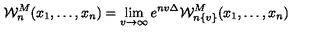
{ { \mathcal W } _ { n } ^ { { { M } } } } ( x _ { 1 } , \ldots , x _ { n } ) = \lim _ { v \to \infty } e ^ { n v \Delta } { \mathcal W } _ { n \{ v \} } ^ { M } ( x _ { 1 } , \ldots , x _ { n } )